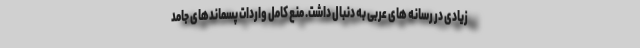
زیادی در رسانه های عربی به دنبال داشت. منع کامل واردات پسماندهای جامد